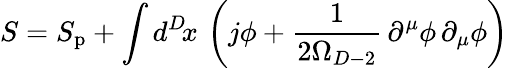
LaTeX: {S}=S_{\mathrm{p}}+\int d^{D}\! x\, \left(j\phi+\frac{1}{2\Omega_{D-2}}\, \partial^{\mu}\phi\, \partial_{\mu}\phi\right)